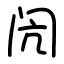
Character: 闶